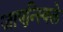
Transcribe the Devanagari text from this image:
जाएन्स्विले